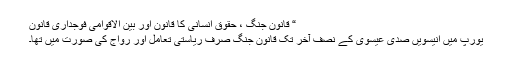
“ قانونِ جنگ ، حقوقِ انسانی کا قانون اور بین الاقوامی فوجداری قانون
یورپ میں انیسویں صدی عیسوی کے نصفِ آخر تک قانونِ جنگ صرف ریاستی تعامل اور رواج کی صورت میں تھا۔